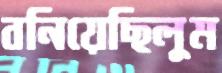
বনিয়েছিলুম